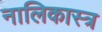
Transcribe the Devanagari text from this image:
नालिकास्‍त्र